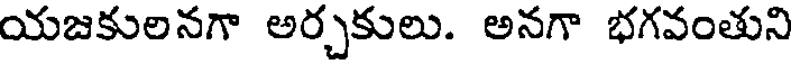
యజకులనగా అర్చకులు. అనగా భగవంతుని